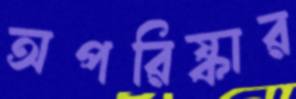
অপরিষ্কার